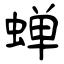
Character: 蝉